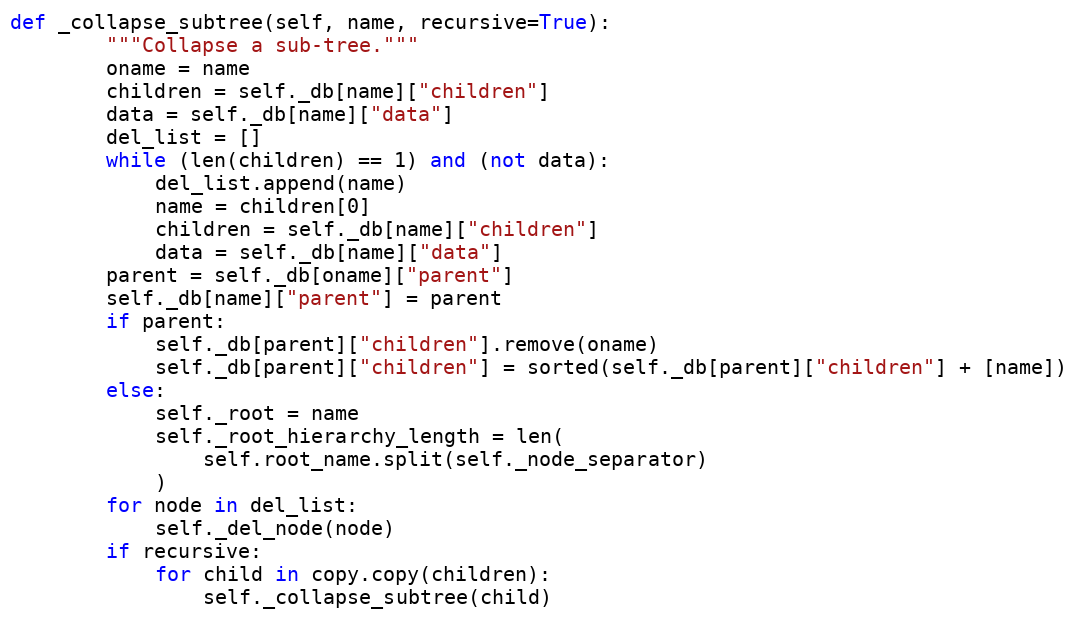
Language: Python
def _collapse_subtree(self, name, recursive=True):
        """Collapse a sub-tree."""
        oname = name
        children = self._db[name]["children"]
        data = self._db[name]["data"]
        del_list = []
        while (len(children) == 1) and (not data):
            del_list.append(name)
            name = children[0]
            children = self._db[name]["children"]
            data = self._db[name]["data"]
        parent = self._db[oname]["parent"]
        self._db[name]["parent"] = parent
        if parent:
            self._db[parent]["children"].remove(oname)
            self._db[parent]["children"] = sorted(self._db[parent]["children"] + [name])
        else:
            self._root = name
            self._root_hierarchy_length = len(
                self.root_name.split(self._node_separator)
            )
        for node in del_list:
            self._del_node(node)
        if recursive:
            for child in copy.copy(children):
                self._collapse_subtree(child)